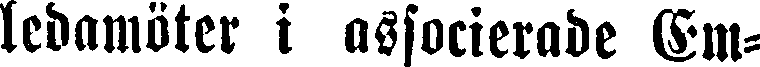
ledamöter i associerade Em-